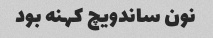
نون ساندویچ کهنه بود